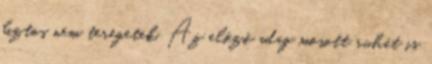
biztos nem teregetek. Az előző adag mosott ruhát is